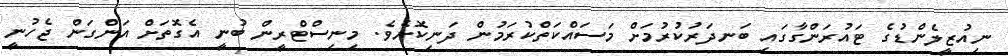
ނިއުޒީލެންޑުގެ ޓައުރަންގާގައި ބަނދަރުކުރުމަށް މަސައްކަތްކުރަމުން ދަނިކޮށެވެ. މިނިސްޓްރީން ބުނީ އެގޮތަށް އަންގަން ޖެހުނީ